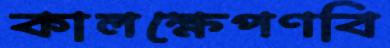
কালক্ষেপণবি